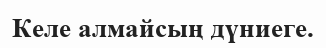
Келе алмайсың дүниеге.